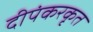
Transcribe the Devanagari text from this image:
दीपंकरकृत